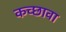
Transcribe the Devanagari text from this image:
कच्छावा